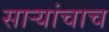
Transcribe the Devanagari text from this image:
साऱ्यांचाच